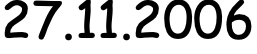
27.11.2006